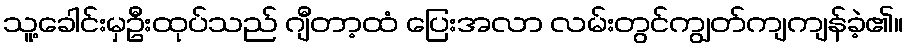
သူ့ခေါင်းမှဦးထုပ်သည် ဂျီတာ့ထံ ပြေးအလာ လမ်းတွင်ကျွတ်ကျကျန်ခဲ့၏။